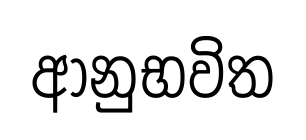
ආනුභවිත